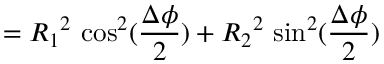
= { R _ { 1 } } ^ { 2 } \, \cos ^ { 2 } ( \frac { \Delta \phi } { 2 } ) + { R _ { 2 } } ^ { 2 } \, \sin ^ { 2 } ( \frac { \Delta \phi } { 2 } )